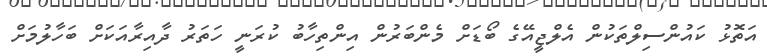
އަތޮޅު ކައުންސިލްތަކުން އެލްޖީއޭގެ ބޯޑަށް މެންބަރުން އިންތިހާބު ކުރަނީ ހަތަރު ދާއިރާއަކަށް ބަހާލުމަށް